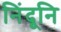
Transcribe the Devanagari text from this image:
निंदूनि